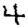
Digit: 4